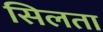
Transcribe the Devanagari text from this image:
सिलता